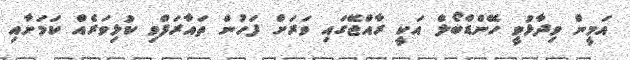
އަމީން ވިދާޅުވީ ހޭންޑްބޯލް އަކީ ރާއްޖޭގައި ވަރަށް ފަހުން ތައާރަފްވި ކުޅިވަރެއް ކަމަށާއި